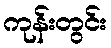
ကုန်းတွင်း